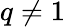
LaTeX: q\not=1